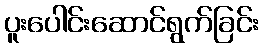
ပူးပေါင်းဆောင်ရွက်ခြင်း